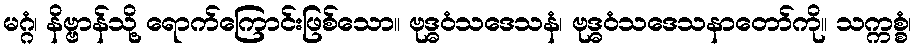
မဂ္ဂံ၊ နိဗ္ဗာန်သို့ ရောက်ကြောင်းဖြစ်သော။ ဗုဒ္ဓဝံသဒေသနံ၊ ဗုဒ္ဓဝံသဒေသနာတော်ကို။ သက္ကစ္စံ၊